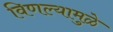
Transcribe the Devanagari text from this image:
विणल्यामुळे